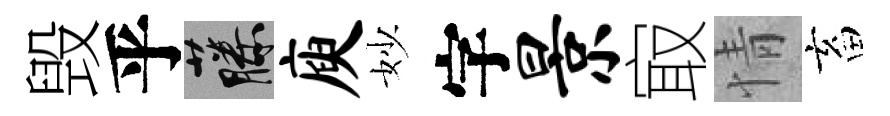
毁乎藤庾妙字景㝡情畜